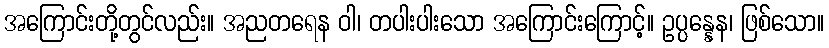
အကြောင်းတို့တွင်လည်း။ အညတရေန ဝါ၊ တပါးပါးသော အကြောင်းကြောင့်။ ဥပ္ပန္နေန၊ ဖြစ်သော။